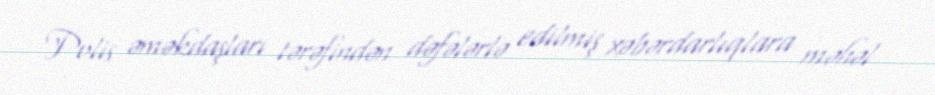
Polis əməkdaşları tərəfindən dəfələrlə edilmiş xəbərdarlıqlara məhəl